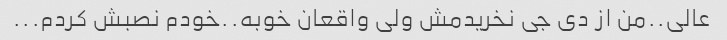
عالی..من از دی جی نخریدمش ولی واقعان خوبه..خودم نصبش کردم...